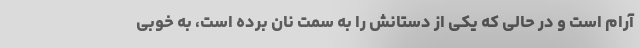
آرام است و در حالی که یکی از دستانش را به سمت نان برده است، به خوبی